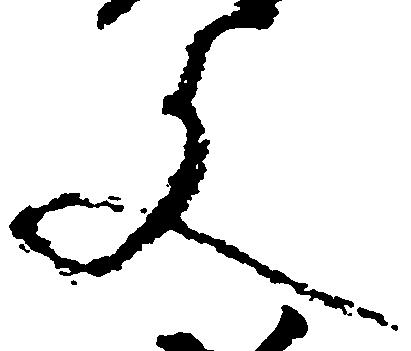
文